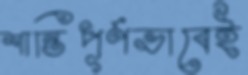
শান্তিপূর্ণভাবেই